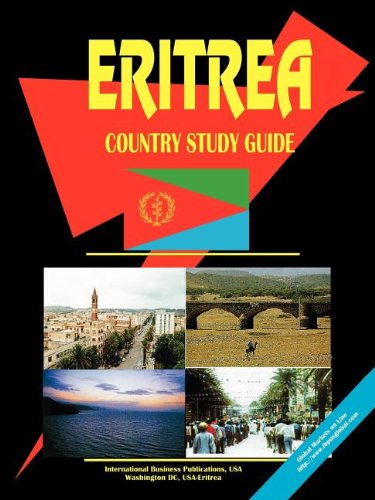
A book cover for Eritrea Country Study Guide; Ibp Usa; Travel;